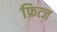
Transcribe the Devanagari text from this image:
फ्रित्ज